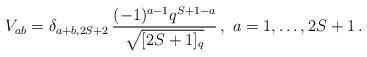
LaTeX: \begin{align*} V_{ab} = \delta_{a+b,2S+2} \, \frac{(-1)^{a-1} q^{S+1-a}}{ \sqrt{ [2S+1]_q} } \,, \ a=1,\ldots,2S+1 \,. \end{align*}